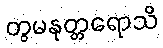
တွမနုတ္တရောသိ